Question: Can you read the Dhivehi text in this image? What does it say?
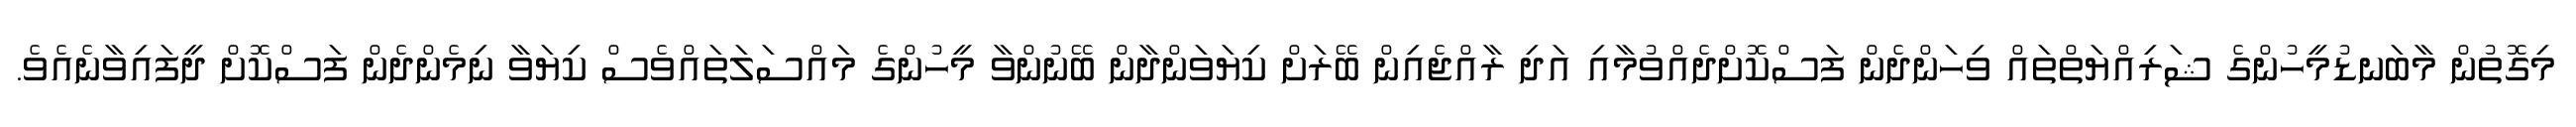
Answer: މިގޮތުން މާބަނޑުމީހުންގެ ޝަރިއްޔަތްތައް ވިހަންދެން ފަސްކޮށްދެއްވުމާއި އަދި ރާއްޖެއިން ބޭރަށް ކިޔަވަންދާން ބޭނުންވާ މީހުންގެ މައްސަލަތައްވެސް ކިޔަވާ ނިމެންދެން ފަސްކޮށް ދީފައިވާނެއެވެ.